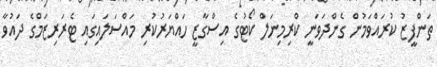
ތަންފީޒު ކުރައްވަމުން ގެންދަވަނީ ކްރިމިނަލް ކޯޓުގެ އިސްގާޒީ ހައްޔަރުކުރި މައްސަލައިގައި ޓެރަރިޒަމްގެ ދައުވާ